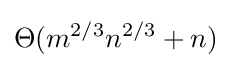
\Theta (m^{2/3}n^{2/3}+n)